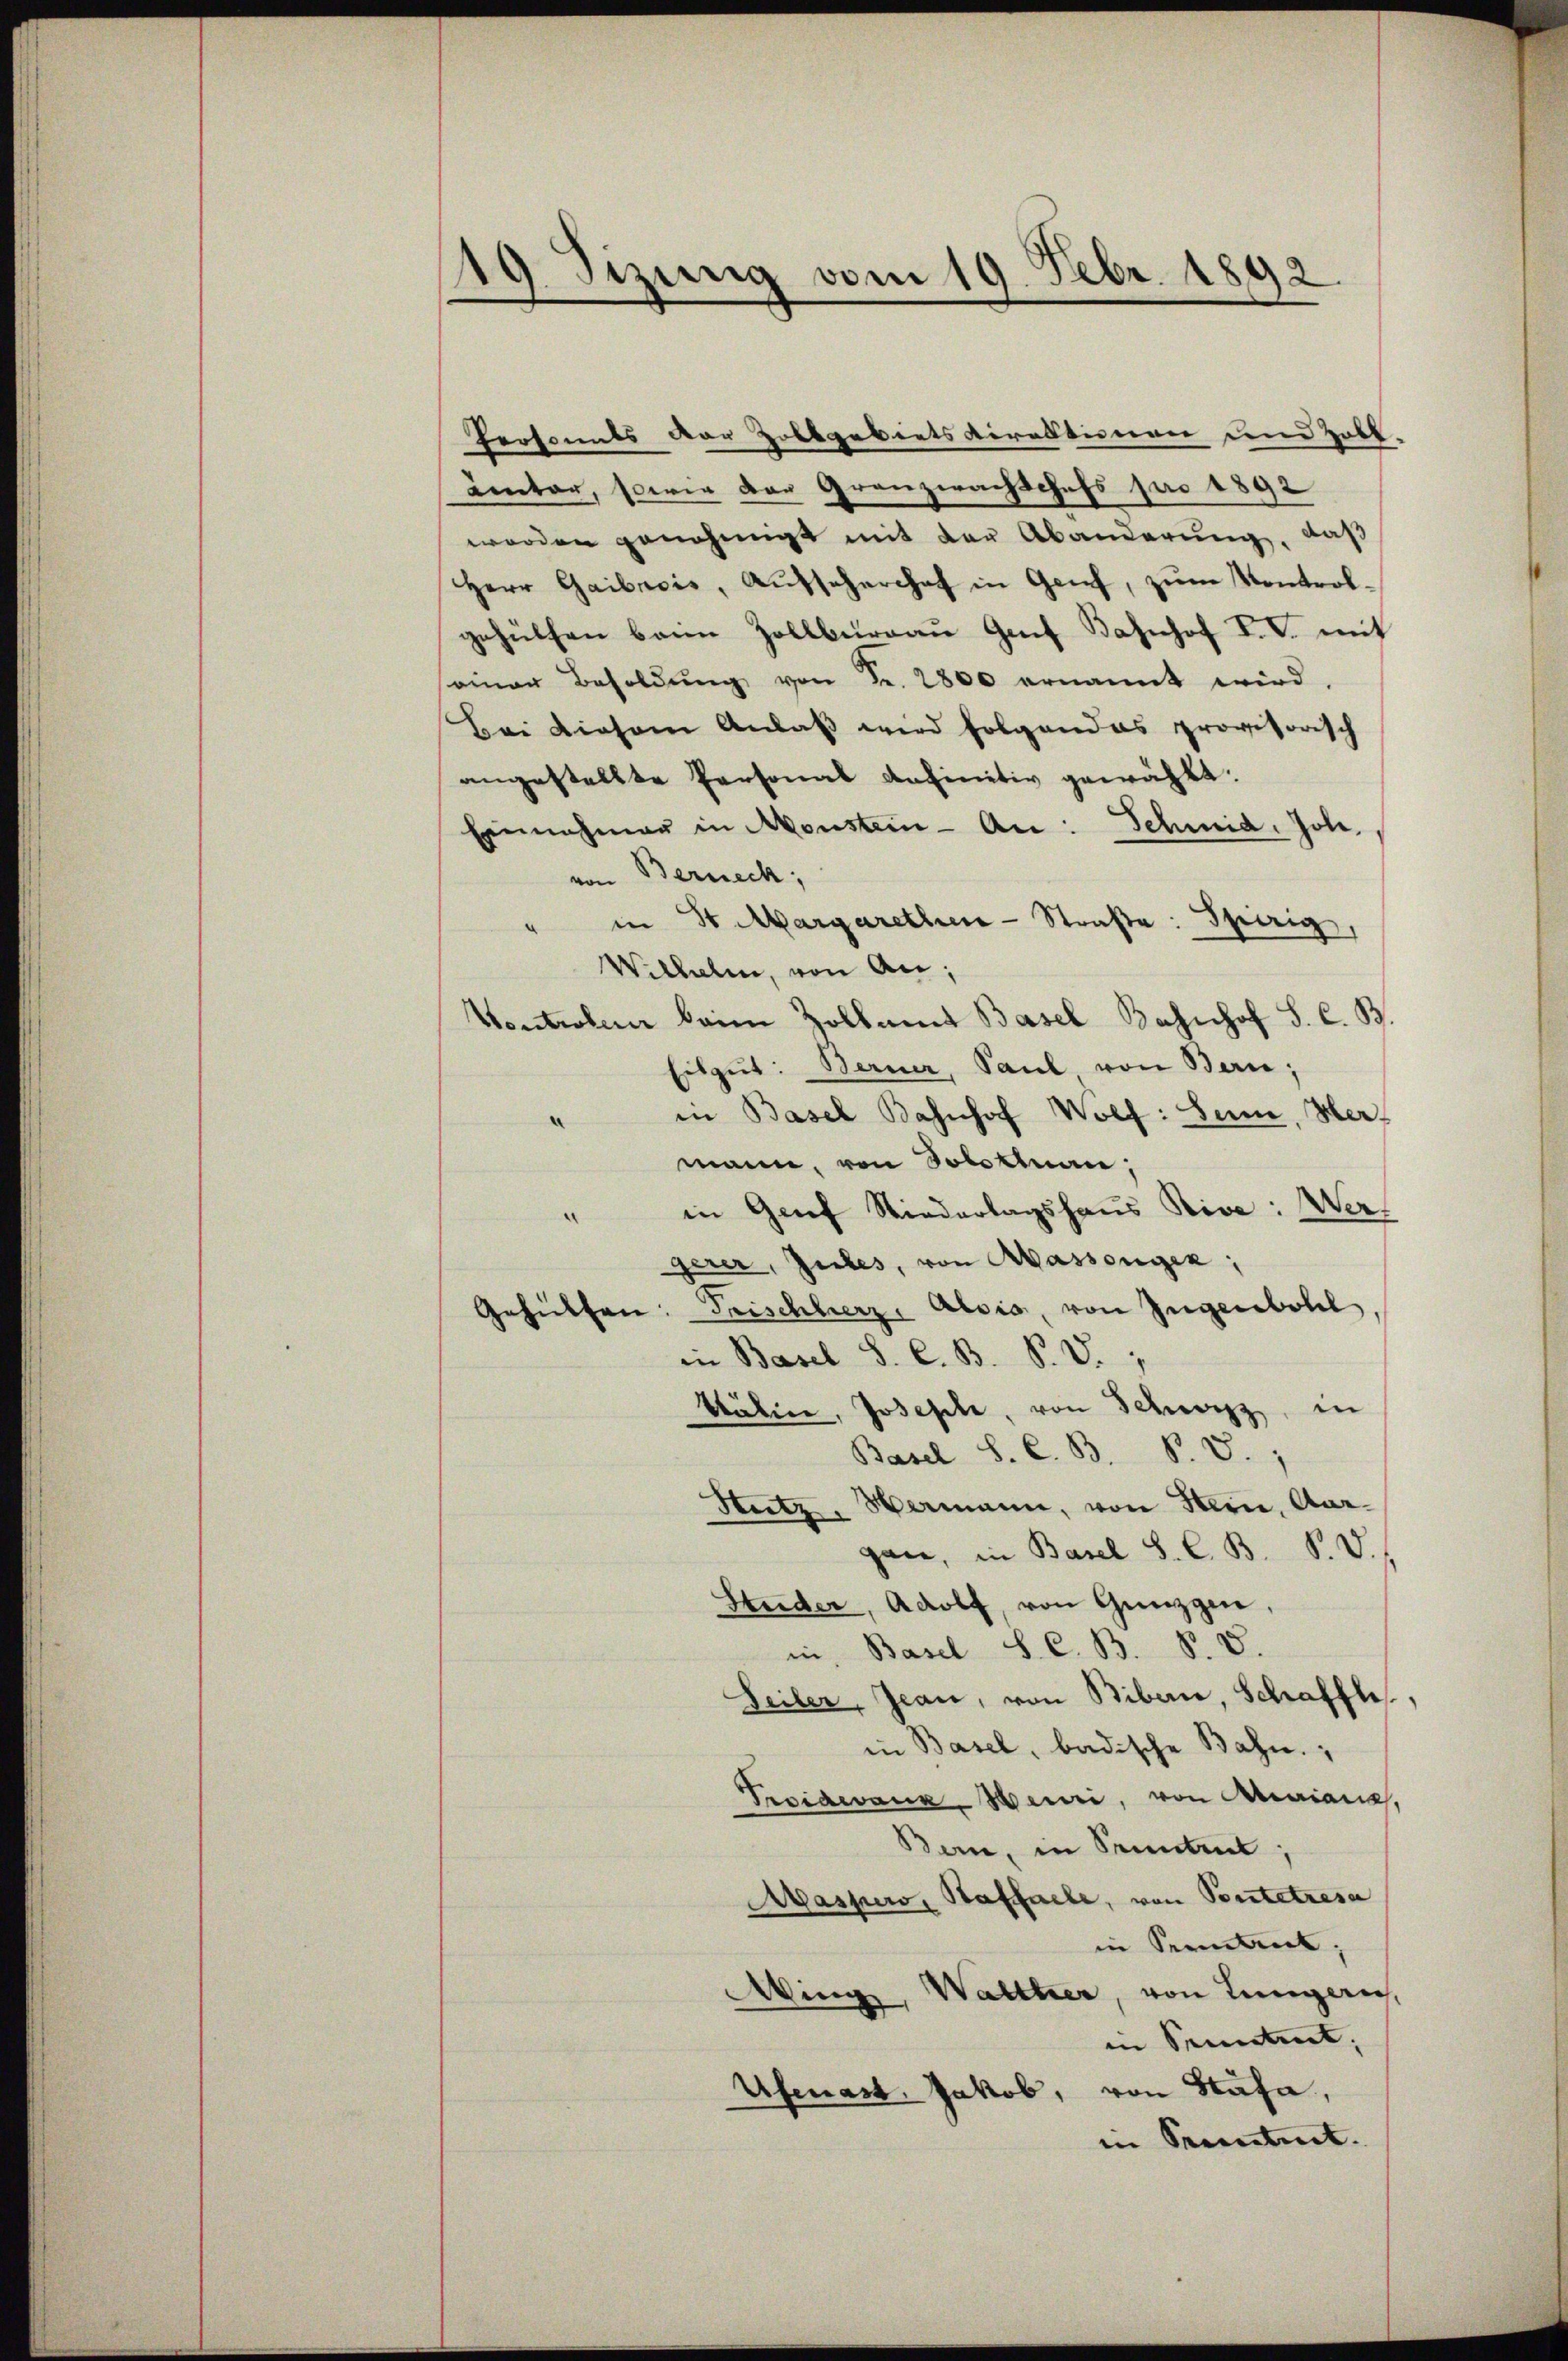
19 Sizung vom 19. Febr. 1892

Personnts der Zollgebietsdirektionen und Zobl.
Lentar, sowie der Granzerachtchefs pro 1892
worden genehmigt mit der Abänderung, daß
Herr Gaibacis, Aŭsscherchof in Genf, zŭm Kontrol-
gehülfen baren Zollbüraŭ Gaf Bahnhof I.V. mit
samer Besoldŭng von Fr. 2800 ernannt wird.
Bei diesem Anlaβ wird folgendes provisorisch
angestellte Personal definitiv gewählt.
Einnahmen in Monstein-An: Schmid, Joh.
von Berneck,
in St. Margarethen - Straße: Spirig,
Wilhelm, von An
Vontrole beim Zollamt Basel Bahnhof S. C. B.
Eilgŭt: Berner, Paul von Bern;
in Basel Bahnhof Wolf: Seine, Her-
mann, von Solothurn,
in Genf Niederlagshaus Rive: Wergerer, Jubes, von Massenger;
Gehülfen: Frischherz, Absia, von Jugenbohl,
in Basel S. C. B. P. V.
Sälin, Joseph, von Schwyz, in
Basel S. C. B. P. V.;
Wermann, von Hein, Aar¬
Dutz
gan, in Basel S. C. B. P. V.
Studer, Adolf, von Günzgen,
in, Basel S. C. B. P. V.
Seiler, Jean, von Bibern, Schaffte,
in Basel, badische Bahn.
Treidmann Meuri, von Mariana,
Bern, in Senntnis;
Maspero, Haffalle, von Pontetzesa
in Peenbruck,
Walther, von Lungern,
Wing,
in Senntnis.
Ufenast. Jakob, von Stäfa,
in Seitet.